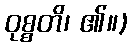
ဝုစ္စတိ၊ ၏။)